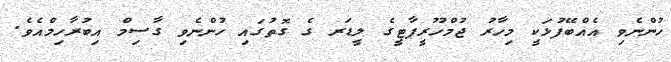
ހުންނެވި އެއްބޭފުޅަކީ މިހާރު ޖުމްހޫރީޕާޓީގެ ލީޑަރ ގެ ގޮތުގައި ހުންނެވި ގާސިމް އިބުރާހިމްއެވެ.